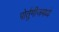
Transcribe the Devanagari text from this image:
पोर्तुगीजमध्ये